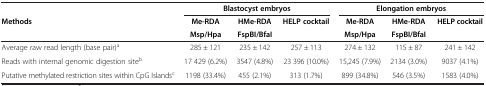
|  | <COLSPAN=3> Blastocyst embryos | <COLSPAN=3> Elongation embryos |
 | <ROWSPAN=2> Methods | Me-RDA | HMe-RDA | <ROWSPAN=2> HELP cocktail | Me-RDA | HMe-RDA | <ROWSPAN=2> HELP cocktail |
 | Msp/Hpa | FspBI/BfaI | Msp/Hpa | FspBI/BfaI |
 | --- | --- | --- | --- | --- | --- | --- |
 | Average raw read length (base pair)a | 285 ± 121 | 235 ± 142 | 257 ± 113 | 274 ± 132 | 115 ± 87 | 241 ± 142 |
 | Reads with internal genomic digestion siteb | 17 429 (6.2%) | 3547 (4.8%) | 23 396 (10.0%) | 15,245 (7.9%) | 2134 (3.0%) | 9037 (4.1%) |
 | Putative methylated restriction sites within CpG Islandsc | 1198 (33.4%) | 455 (2.1%) | 313 (1.7%) | 899 (34.8%) | 546 (3.5%) | 1583 (4.0%) |